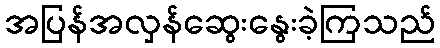
အပြန်အလှန်ဆွေးနွေးခဲ့ကြသည်